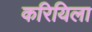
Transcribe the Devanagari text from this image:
करियिला